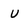
Character: u